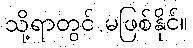
သို့ရာတွင် မဖြစ်နိုင်။